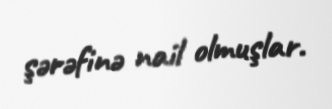
şərəfinə nail olmuşlar.